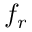
f _ { r }